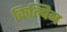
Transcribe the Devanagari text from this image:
किल्पिन